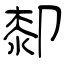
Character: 厀